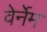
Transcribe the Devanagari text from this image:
वेर्नेम